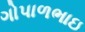
ગોપાળભાઇ